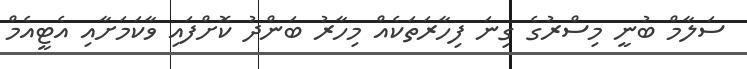
ސަލާމް ބުނީ މިސްރުގެ ގިނަ ފިހާރަތަކެއް މިހާރު ބަންދު ކޮށްފައި ވާކަމަށާއި އެޓީއެމް